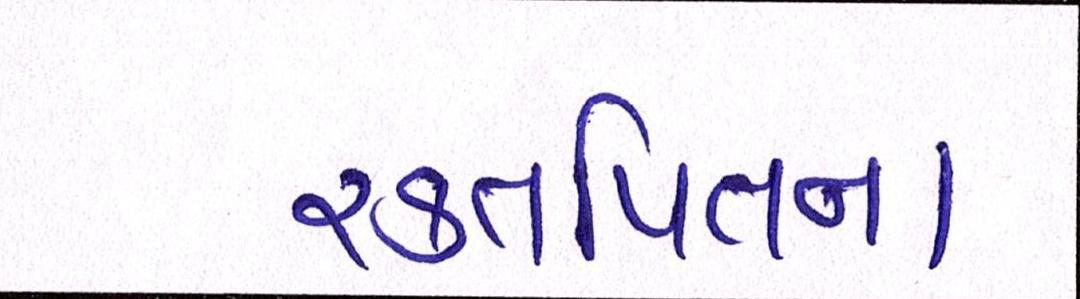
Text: રક્તપિતના